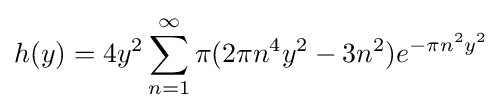
h(y)=4y^{2}\sum \limits _{n=1}^{\infty }\pi (2\pi n^{4}y^{2}-3n^{2})e^{-\pi n^{2}y^{2}}